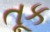
તૂક